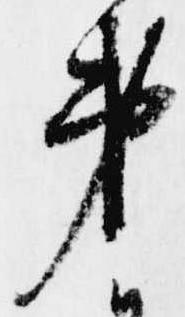
第